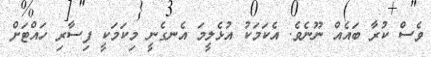
ވެސް ކުރާ ބައެއް ނޫނެވެ. އެކަމަކު އުޅެލީމަ އެނގެނީ މިކަމަކީ ފިސާރި ހައްޓަށް